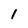
Character: 1